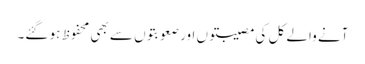
آنے والے کل کی مصیبتوں اور صعوبتوں سے بھی محفوظ ہو گئے۔